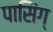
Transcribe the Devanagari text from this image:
पासिंग्